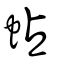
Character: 蛅